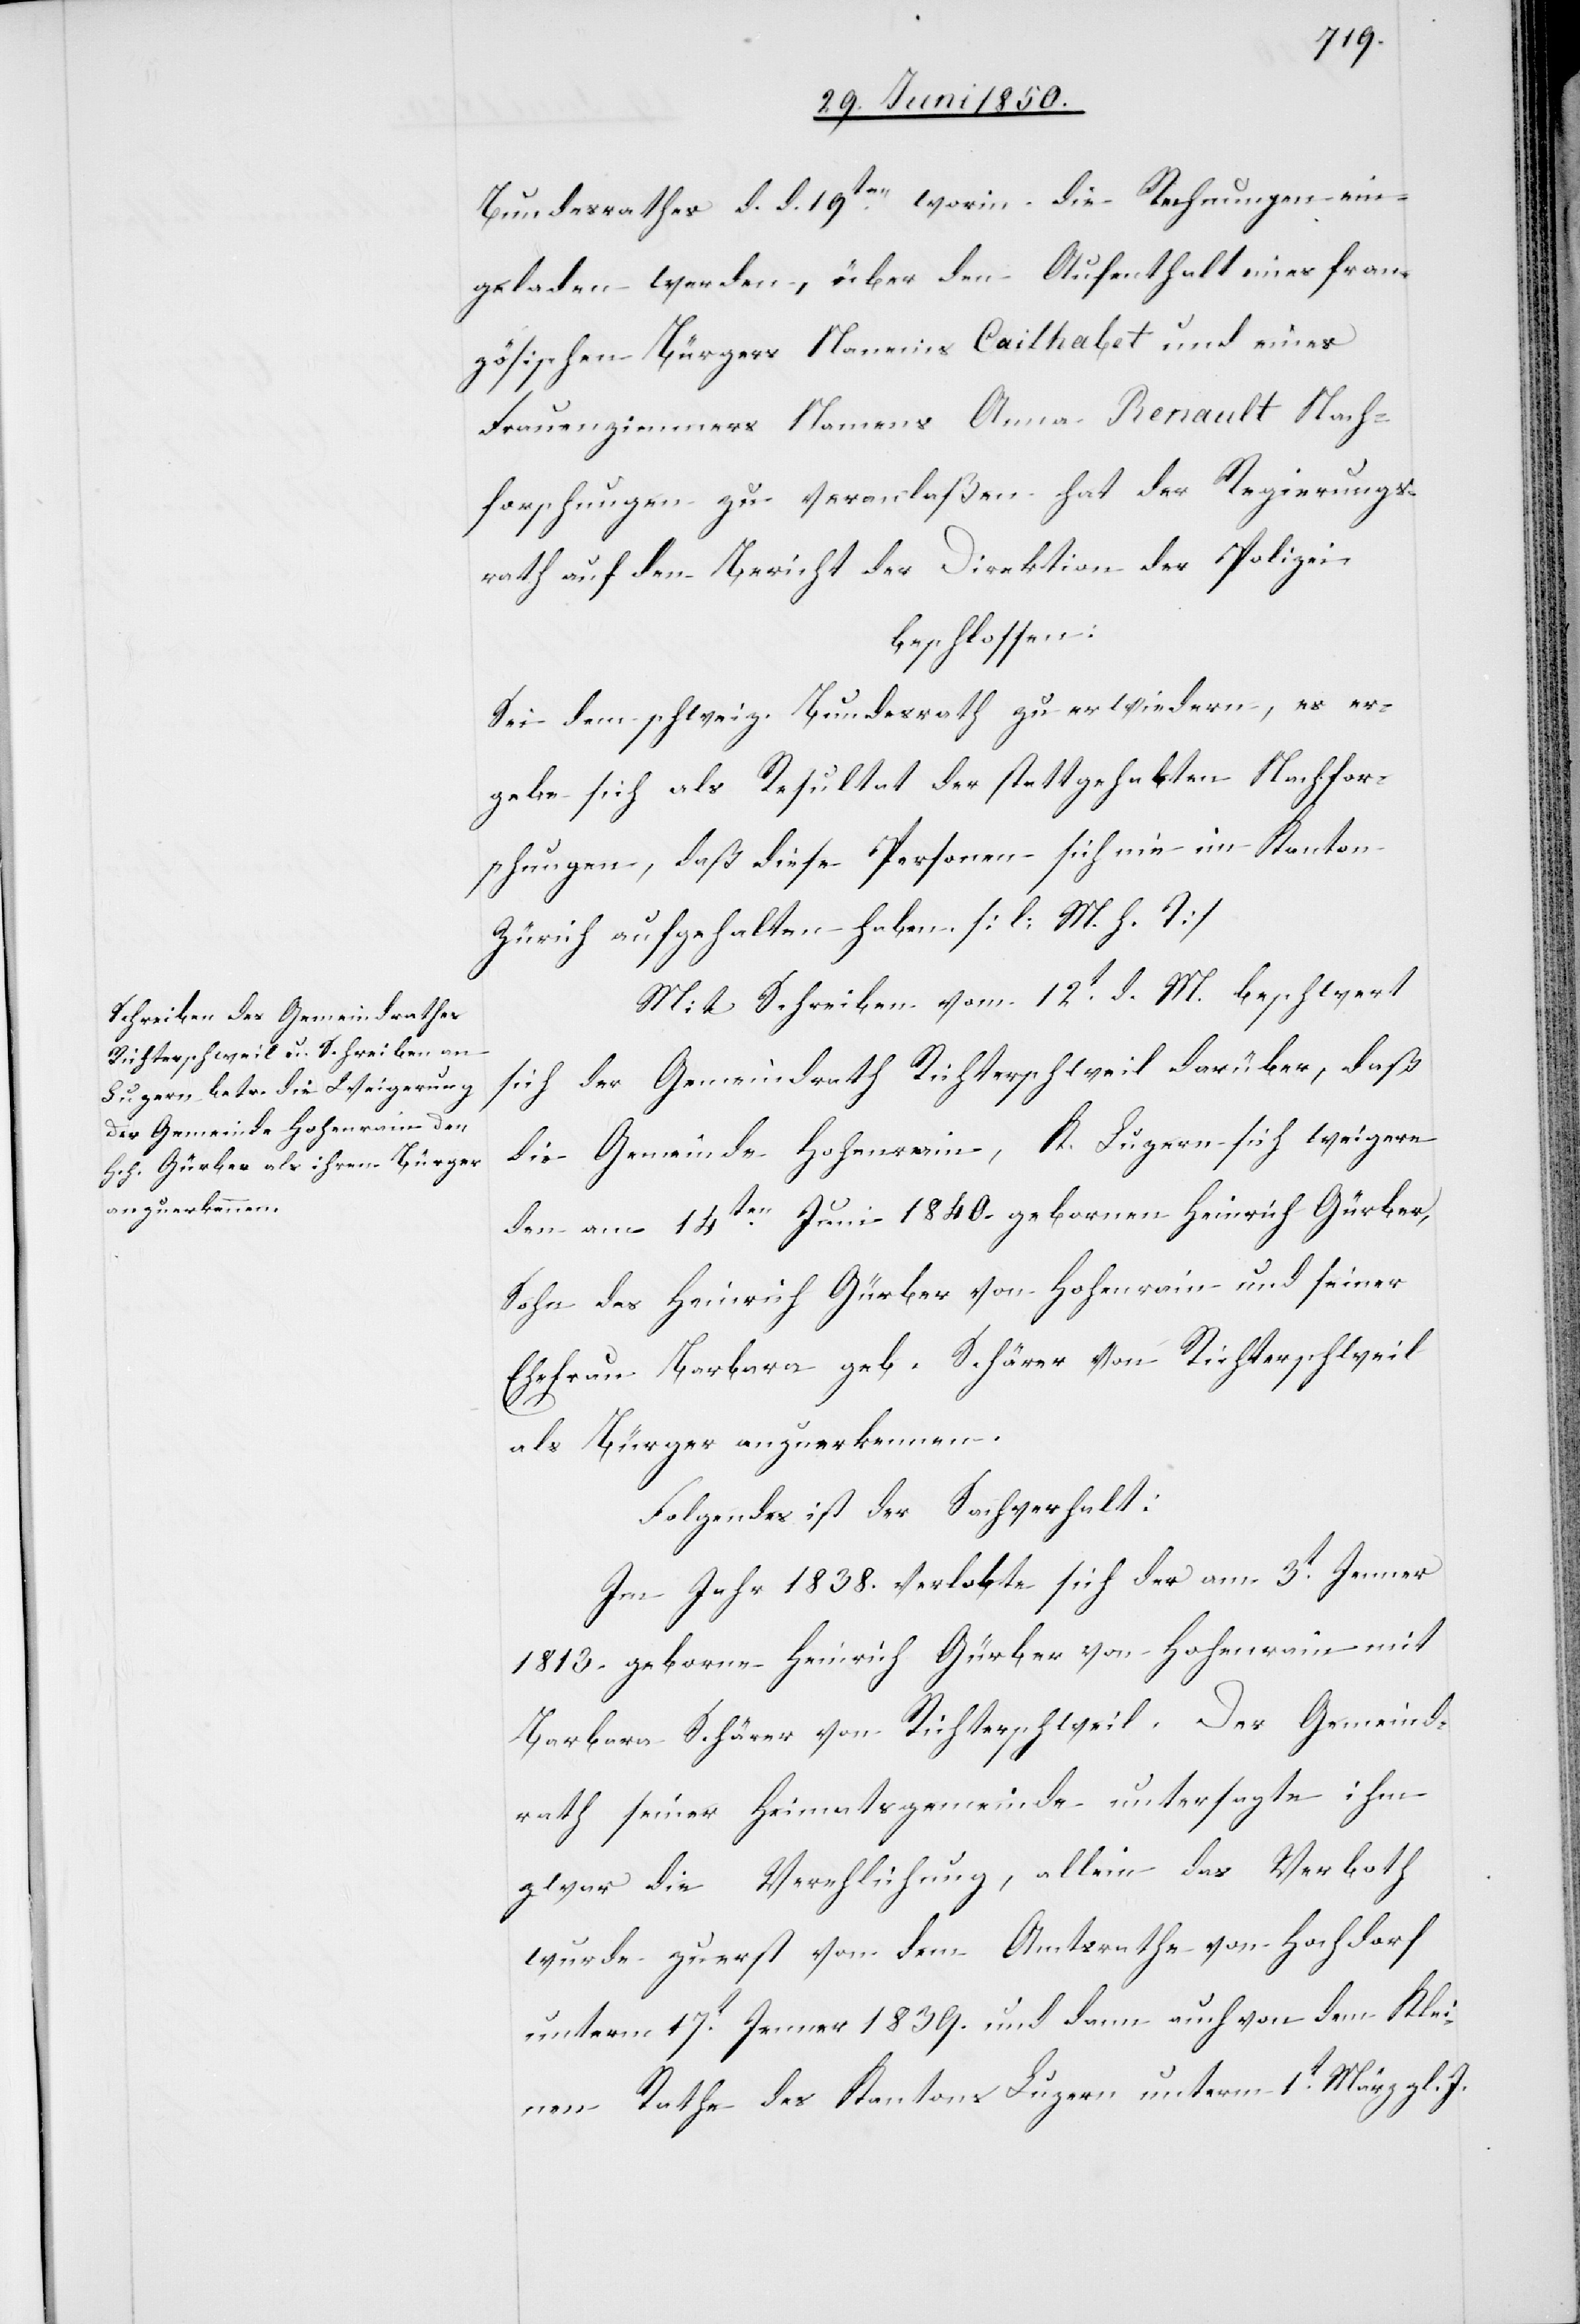
Bundesrathes d. d. 19ten worin die Rechnungen
eingeladen werden, über den Aufenthalt eines fran¬
zösischen Bürgers Namens Cailhabet und eines
Frauenzimmers Namens Anna Renault Nach¬
forschungen zu veranlaßen hat der Regierungs¬
rath auf den Bericht der Direktion der Polizei,
beschlossen:
Sei dem schweiz. Bundesrath zu erwiedern, es er¬
gebe sich als Resultat der stattgehabten Nachfor¬
schungen, daß diese Personen sich nie im Kanton
Zürich aufgehalten haben. [l. M. h. T]
Mit Schreiben vom 12t d. M. beschwert
sich der Gemeindrath Richterschweil darüber, daß
die Gemeinde Hohenrain, K. Luzern sich weigere
den am 14ten Juli 1840. gebornen Heinrich Gürber,
Sohn des Heinrich Gürber von Hohenrain und seiner
Ehefrau Barbara geb. Schärer von Richterscheil
als Bürger anzuerkennen.
Folgendes ist der Sachverhalt:
Im Jahr 1838. verlobte sich der am 3t Jenner
1813. geborne Heinrich Gürber von Hohenrain mit
Barbara Schärer von Richterschweil. Der Gemeind¬
rath seiner heimatsgemeinde untersagte ihm
zwar die Verehlichung, allein das Verboth
wurde zuerst von dem Amtsrathe von Hochdorf
unterm 17t Jenner 1839. und dann auch on dem Klei¬
nen Rathe des Kantons Luzern unterm 1t März gl. J.